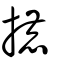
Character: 摝